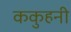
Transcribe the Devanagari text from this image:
ककुहनी